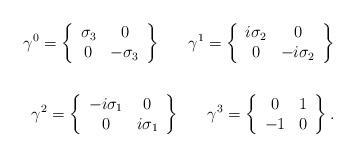
LaTeX: \begin{align*}\gamma^0=\left\{\begin{array}{cc} \sigma_3 & 0\\0 & -\sigma_3 \end{array}\right\} \ \ \ \ \ \gamma^1=\left\{\begin{array}{cc} i\sigma_2 & 0\\0 & -i\sigma_2 \end{array}\right\} \\\\\gamma^2=\left\{\begin{array}{cc} -i\sigma_1 & 0\\0 & i\sigma_1 \end{array}\right\} \ \ \ \ \ \gamma^3=\left\{\begin{array}{cc} 0 & 1\\-1 & 0 \end{array}\right\}.\end{align*}